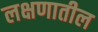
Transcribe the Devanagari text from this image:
लक्षणातील